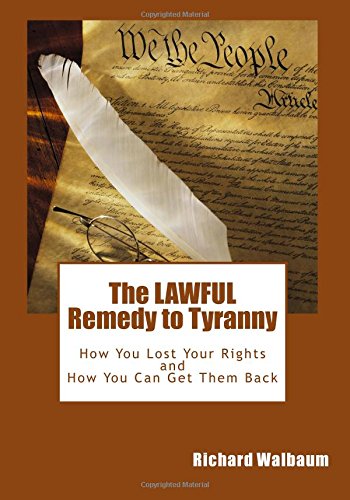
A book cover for The LAWFUL Remedy to Tyranny: How You Lost Your Rights, and How You Can Get Them Back; Richard Walbaum; Law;